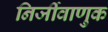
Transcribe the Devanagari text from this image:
निर्जीवाणुक